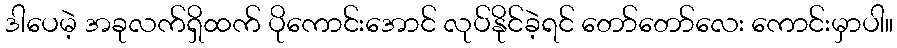
ဒါပေမဲ့ အခုလက်ရှိထက် ပိုကောင်းအောင် လုပ်နိုင်ခဲ့ရင် တော်တော်လေး ကောင်းမှာပါ။